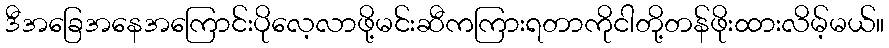
ဒီအခြေအနေအကြောင်းပိုလေ့လာဖို့မင်းဆီကကြားရတာကိုငါတို့တန်ဖိုးထားလိမ့်မယ်။